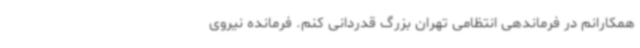
همکارانم در فرماندهی انتظامی تهران بزرگ قدردانی کنم. فرمانده نیروی